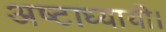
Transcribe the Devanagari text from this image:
अष्टाध्यायी।